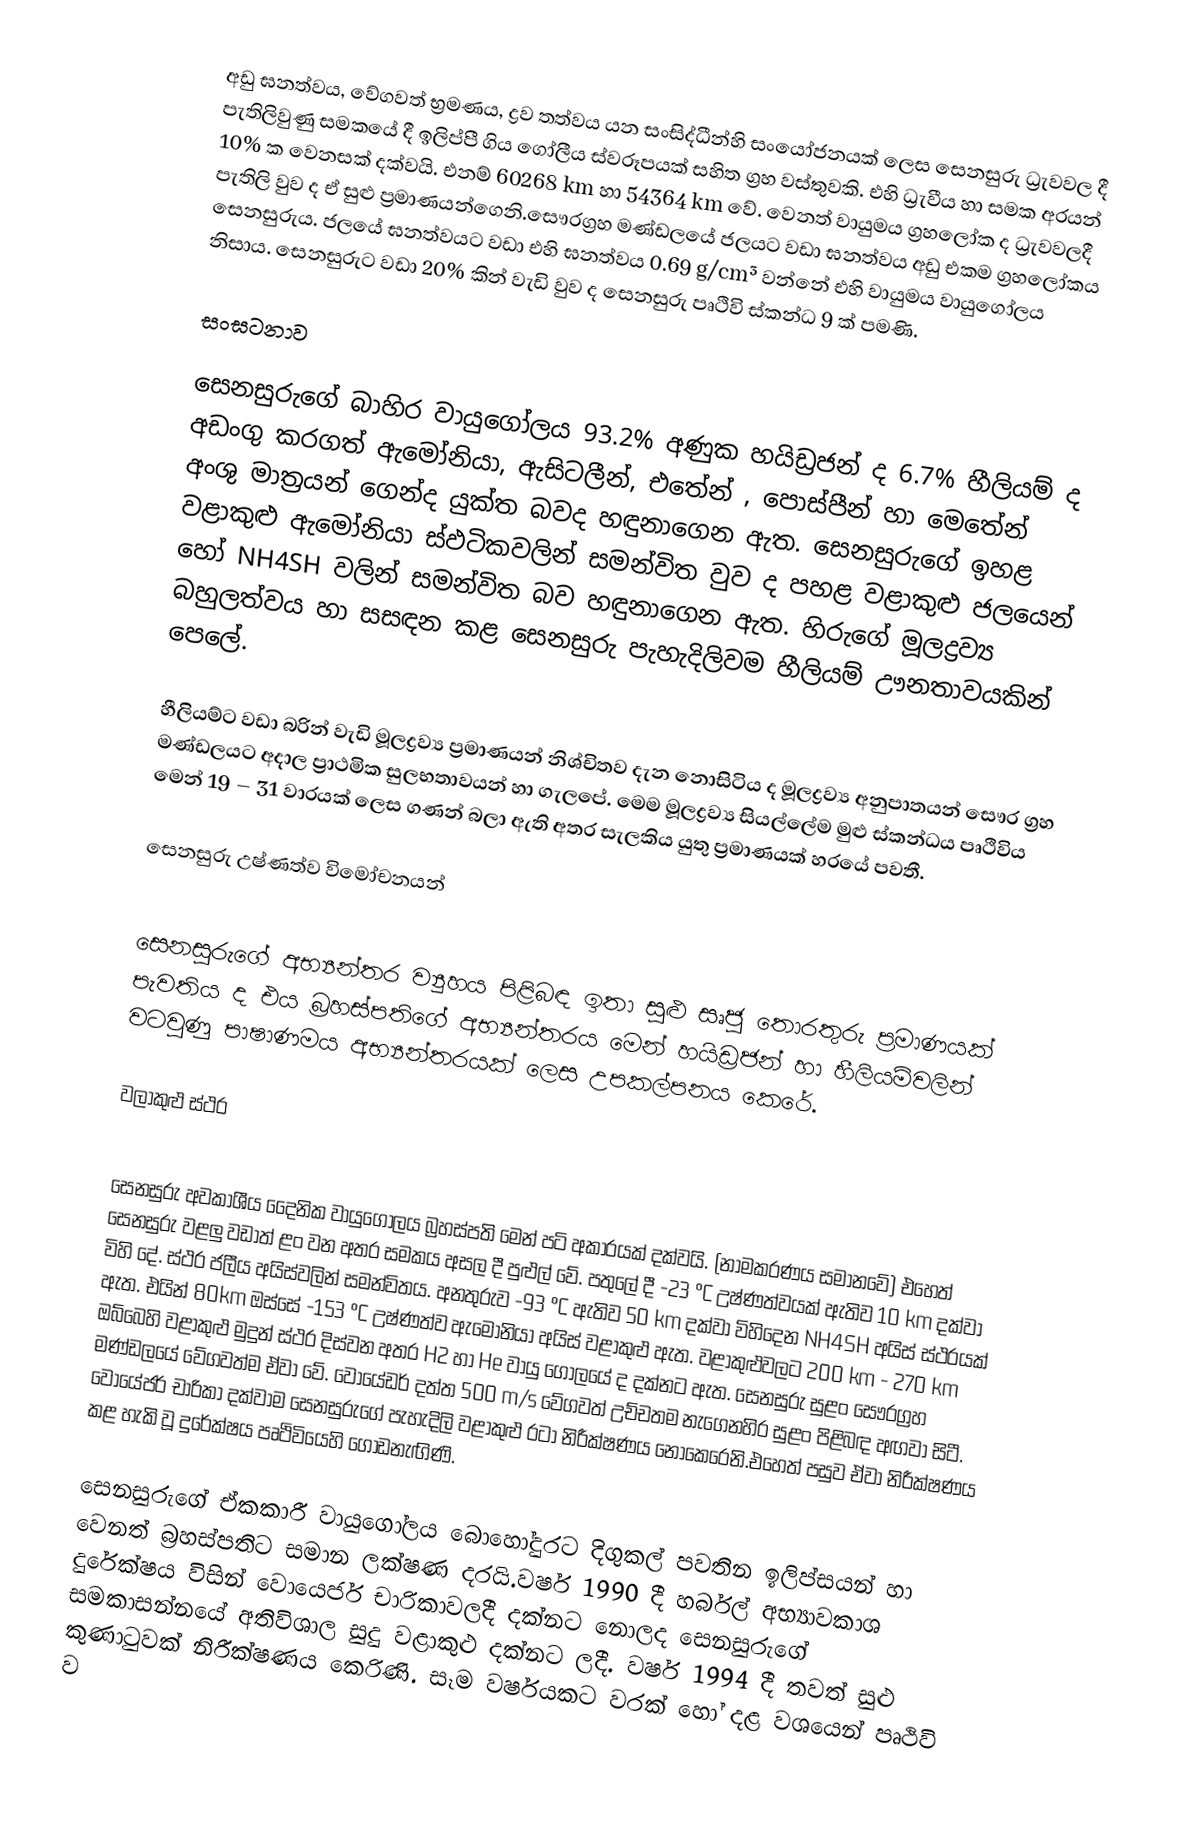
අඩු ඝනත්වය, වේගවත් භ්‍රමණය, ද්‍රව තත්වය යන සංසිද්ධීන්හි සංයෝජනයක් ලෙස සෙනසුරු ධ්‍රැවවල දී පැතිලිවුණු සමකයේ දී ඉලිප්පී ගිය ගෝලීය ස්වරූපයක් සහිත ග්‍රහ වස්තුවකි. එහි ධ්‍රැවීය හා සමක අරයන් 10% ක වෙනසක් දක්වයි. එනම් 60268 km හා 54364 km වේ. වෙනත් වායුමය ග්‍රහලෝක ද ධ්‍රැවවලදී පැතිලි වුව ද ඒ සුළු ප්‍රමාණයන්ගෙනි.සෞරග්‍රහ මණ්ඩලයේ ජලයට වඩා ඝනත්වය අඩු එකම ග්‍රහලෝකය සෙනසුරුය. ජලයේ ඝනත්වයට වඩා එහි ඝනත්වය 0.69 g/cm³ වන්නේ එහි වායුමය වායුගෝලය නිසාය. සෙනසුරුට වඩා 20% කින් වැඩි වුව ද සෙනසුරු පෘථිවි ස්කන්ධ 9 ක් පමණි.

සංඝටනාව

සෙනසුරුගේ බාහිර වායුගෝලය 93.2% අණුක හයිඩ්‍රජන් ද 6.7% හීලියම් ද අඩංගු කරගත් ඇමෝනියා, ඇසිටලීන්, එතේන් , පොස්පීන් හා මෙතේන් අංශු මාත්‍රයන් ගෙන්ද යුක්ත බවද හඳුනාගෙන ඇත. සෙනසුරුගේ ඉහළ වළාකුළු ඇමෝනියා ස්ඵටිකවලින් සමන්විත වුව ද පහළ වළාකුළු ජලයෙන් හෝ NH4SH වලින් සමන්විත බව හඳුනාගෙන ඇත. හිරුගේ මූලද්‍රව්‍ය බහුලත්වය හා සසඳන කළ සෙනසුරු පැහැදිලිවම හීලියම් ඌනතාවයකින් පෙලේ.

හීලියම්ට වඩා බරින් වැඩි මූලද්‍රව්‍ය ප්‍රමාණයන් නිශ්චිතව දැන නොසිටිය ද මූලද්‍රව්‍ය අනුපාතයන් සෞර ග්‍රහ මණ්ඩලයට අදාල ප්‍රාථමික සුලභතාවයන් හා ගැලපේ. මෙම මූලද්‍රව්‍ය සියල්ලේම මුළු ස්කන්ධය පෘථිවිය මෙන් 19 – 31 වාරයක් ලෙස ගණන් බලා ඇති අතර සැලකිය යුතු ප්‍රමාණයක් හරයේ පවතී.

සෙනසුරු උෂ්ණත්ව විමෝචනයන්

සෙනසුරුගේ අභ්‍යන්තර ව්‍යුහය පිළිබඳ ඉතා සුළු සෘජු තොරතුරු ප්‍රමාණයක් පැවතිය ද එය බ්‍රහස්පතිගේ අභ්‍යන්තරය මෙන් හයිඩ්‍රජන් හා හීලියම්වලින් වටවුණු පාෂාණමය අභ්‍යන්තරයක් ලෙස උපකල්පනය කෙරේ.

වලාකුළු ස්ථර

සෙනසුරු අවකාශීය දෛනික වායුගෝලය බ්‍රහස්පති මෙන් පටි අකාරයක් දක්වයි. (නාමකරණය සමාන‍වේ) එහෙත් සෙ‍නසුරු වළලු වඩාත් ළං වන අතර සමකය අසල දී පුළුල් වේ. පතුලේ දී -23 °C උෂ්ණත්වයක් ඇතිව 10 km දක්වා විහි දේ. ස්ථර ජලීය අයිස්වලින් සමන්විතය. අනතුරුව -93 °C ඇතිව 50 km දක්වා විහිදෙන NH4SH අයිස් ස්ථර‍යක් ඇත. එයින් 80km ඔස්සේ -153 °C උෂ්ණත්ව ඇමෝනියා අයිස් වළාකුළු ඇත. වළාකුළුවලට 200 km - 270 km ඔබ්බෙහි වළාකුළු මුදුන් ස්ථර දිස්වන අතර H2 හා He වායු ගෝලයේ ද දක්නට ඇත. සෙනසුරු සුළං සෞරග්‍රහ මණ්ඩලයේ වේගවත්ම ඒවා වේ. වොයේඩර් දත්ත 500 m/s වේගවත් උච්චතම නැගෙනහිර සුළං පිළිබඳ අඟවා සිටී. වොයේජර් චාරිකා දක්වාම සෙනසුරුගේ පැහැදිලි වළාකුළු රටා නිරීක්ෂණය නොකෙරෙනි.එහෙත් පසුව ඒවා නිරීක්ෂණය කළ හැකි වූ දුරේක්ෂය පෘථිවියෙහි ගොඩනැඟිණි.

සෙනසුරුගේ ඒකකාරී වායුගෝලය බොහෝදුරට දිගුකල් පවතින ඉලිප්සයන් හා වෙනත් බ්‍රහස්පතිට සමාන ලක්ෂණ දරයි.වර්ෂ 1990 දී හර්බල් අභ්‍යාවකාශ දුරේක්ෂය විසින් වොයෙජර් චාරිකාවලදී දක්නට නොලද සෙනසුරුගේ සමකාසන්නයේ අතිවිශාල සුදු වළාකුළු දක්නට ලදී. වර්ෂ 1994 දී තවත් සුළු කුණාටුවක් නිරීක්ෂණය කෙරිණි. සෑම වර්ෂයකට වරක් හෝ දළ වශයෙන් පෘථිවි ව